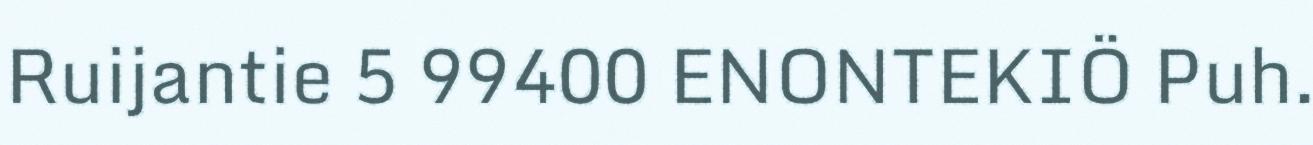
Ruijantie 5 99400 ENONTEKIÖ Puh.